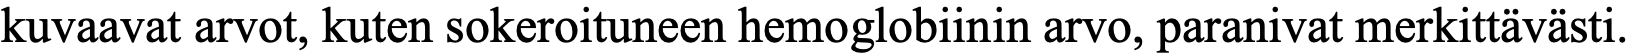
kuvaavat arvot, kuten sokeroituneen hemoglobiinin arvo, paranivat merkittävästi.